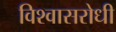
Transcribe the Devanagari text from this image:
विश्‍वासरोधी